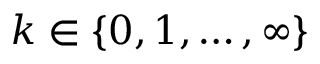
k \in \{ 0 , 1 , \ldots , \infty \}